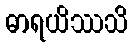
ဓာရယိဿသိ